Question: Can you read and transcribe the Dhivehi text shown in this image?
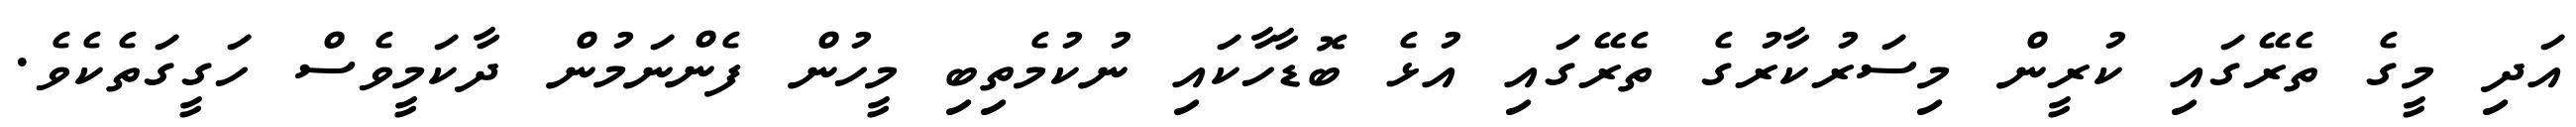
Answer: އަދި މީގެ ތެރޭގައި ކުރީން މިސަރުކާރުގެ ތެރޭގައި އުޅެ ބޮޑާހާކައި ނުކުމެތިބި މީހުން ފެންނަމުން ދާކަމީވެސް ހަގީގަތެކެވެ.